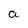
Character: a